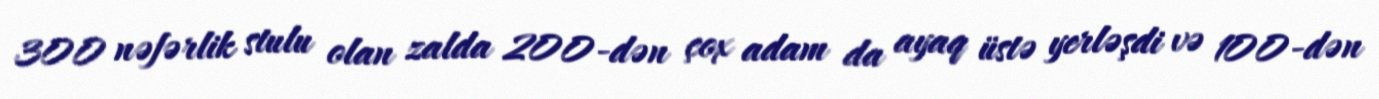
300 nəfərlik stulu olan zalda 200-dən çox adam da ayaq üstə yerləşdi və 100-dən